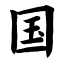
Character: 国